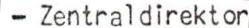
- Zentraldirektor